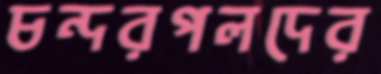
চন্দরপলদের